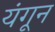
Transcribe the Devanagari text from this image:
यंगून